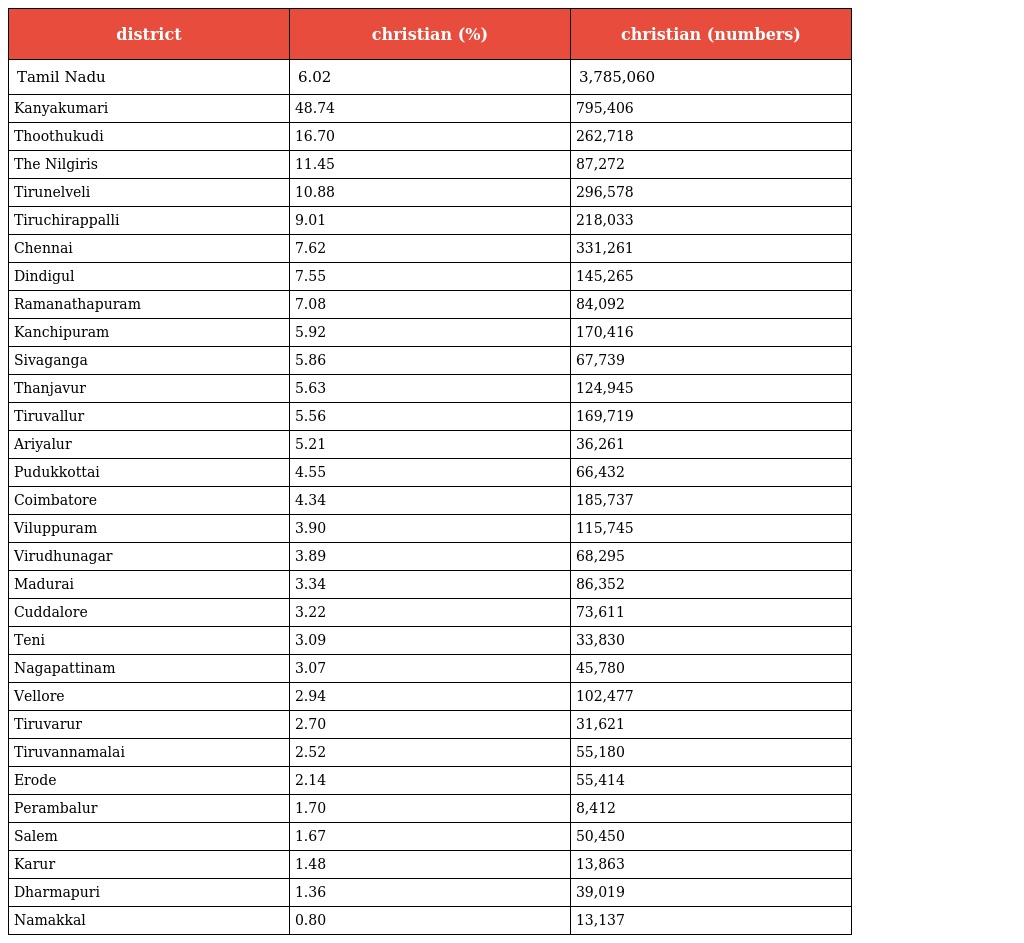
| district | christian (%) | christian (numbers) |
 | --- | --- | --- |
 | Tamil Nadu | 6.02 | 3,785,060 |
 | Kanyakumari | 48.74 | 795,406 |
 | Thoothukudi | 16.70 | 262,718 |
 | The Nilgiris | 11.45 | 87,272 |
 | Tirunelveli | 10.88 | 296,578 |
 | Tiruchirappalli | 9.01 | 218,033 |
 | Chennai | 7.62 | 331,261 |
 | Dindigul | 7.55 | 145,265 |
 | Ramanathapuram | 7.08 | 84,092 |
 | Kanchipuram | 5.92 | 170,416 |
 | Sivaganga | 5.86 | 67,739 |
 | Thanjavur | 5.63 | 124,945 |
 | Tiruvallur | 5.56 | 169,719 |
 | Ariyalur | 5.21 | 36,261 |
 | Pudukkottai | 4.55 | 66,432 |
 | Coimbatore | 4.34 | 185,737 |
 | Viluppuram | 3.90 | 115,745 |
 | Virudhunagar | 3.89 | 68,295 |
 | Madurai | 3.34 | 86,352 |
 | Cuddalore | 3.22 | 73,611 |
 | Teni | 3.09 | 33,830 |
 | Nagapattinam | 3.07 | 45,780 |
 | Vellore | 2.94 | 102,477 |
 | Tiruvarur | 2.70 | 31,621 |
 | Tiruvannamalai | 2.52 | 55,180 |
 | Erode | 2.14 | 55,414 |
 | Perambalur | 1.70 | 8,412 |
 | Salem | 1.67 | 50,450 |
 | Karur | 1.48 | 13,863 |
 | Dharmapuri | 1.36 | 39,019 |
 | Namakkal | 0.80 | 13,137 |